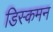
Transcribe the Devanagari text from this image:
डिस्कमन